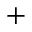
+